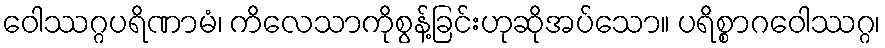
ဝေါဿဂ္ဂပရိဏာမံ၊ ကိလေသာကိုစွန့်ခြင်းဟုဆိုအပ်သော။ ပရိစ္စာဂဝေါဿဂ္ဂ၊